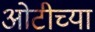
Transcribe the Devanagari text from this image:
ओटीच्या